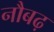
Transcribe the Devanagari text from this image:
नौबढ़